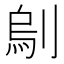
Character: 𠞆